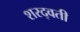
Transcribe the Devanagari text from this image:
शरद्वती